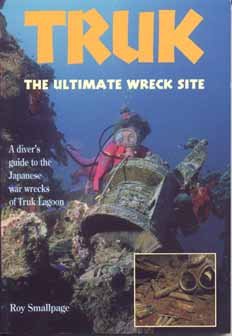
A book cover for Diver's Guide to Truk (Diver guides); Underwater World Publications; Travel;